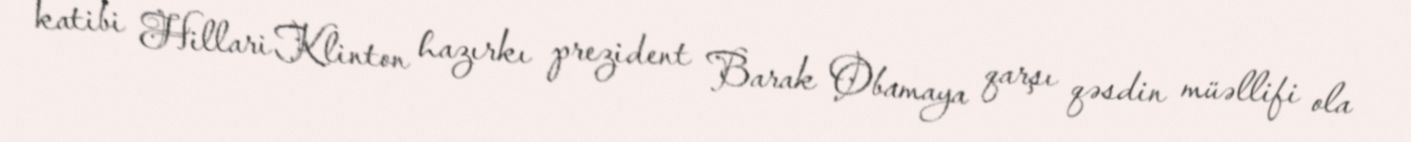
katibi Hillari Klinton hazırkı prezident Barak Obamaya qarşı qəsdin müəllifi ola